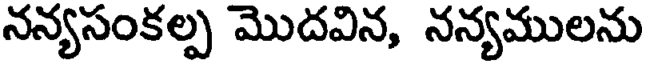
నన్యసంకల్ప మొదవిన, నన్యములను